Indian journal of veterinary science and animal husbandry - Volume 13,
Year: 1943
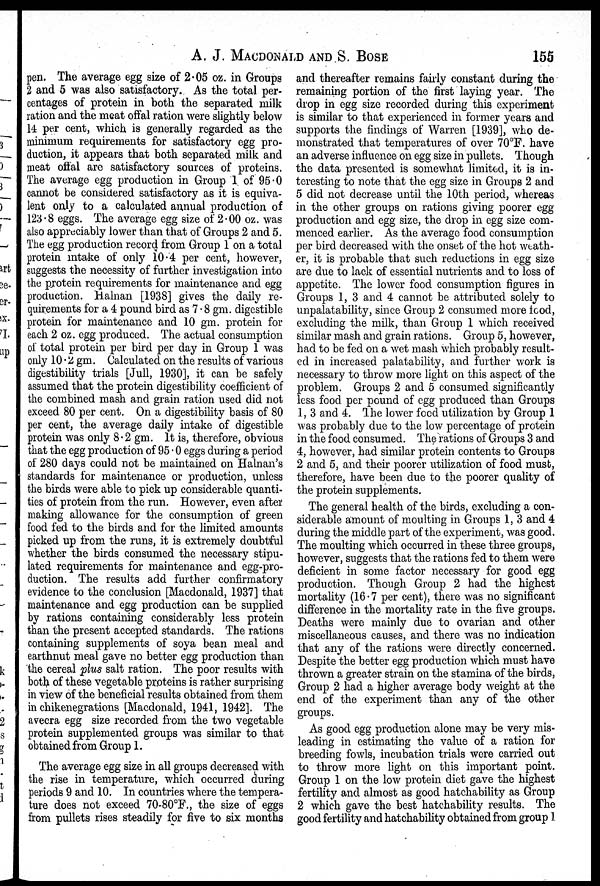
A. J. MACDONALD AND S. BOSE 155
pen. The average egg size of 2.05 oz. in Groups
2 and 5 was also satisfactory. As the total per-
centages of protein in both the separated milk
ration and the meat offal ration were slightly below
14 per cent, which is generally regarded as the
minimum requirements for satisfactory egg pro-
duction, it appears that both separated milk and
meat offal are satisfactory sources of proteins.
The average egg production in Group 1 of 95.0
cannot be considered satisfactory as it is equiva-
lent only to a calculated annual production of
123.8 eggs. The average egg size of 2.00 oz. was
also appreciably lower than that of Groups 2 and 5.
The egg production record from Group 1 on a total
protein intake of only 10.4 per cent, however,
suggests the necessity of further investigation into
the protein requirements for maintenance and egg
production. Halnan [1938] gives the daily re-
quirements for a 4 pound bird as 7.8 gm. digestible
protein for maintenance and 10 gm. protein for
each 2 oz. egg produced. The actual consumption
of total protein per bird per day in Group 1 was
only 10.2 gm. Calculated on the results of various
digestibility trials [Jull, 1930], it can be safely
assumed that the protein digestibility coefficient of
the combined mash and grain ration used did not
exceed 80 per cent. On a digestibility basis of 80
per cent, the average daily intake of digestible
protein was only 8.2 gm. It is, therefore, obvious
that the egg production of 95.0 eggs during a period
of 280 days could not be maintained on Halnan's
standards for maintenance or production, unless
the birds were able to pick up considerable quanti-
ties of protein from the run. However, even after
making allowance for the consumption of green
food fed to the birds and for the limited amounts
picked up from the runs, it is extremely doubtful
whether the birds consumed the necessary stipu-
lated requirements for maintenance and egg-pro-
duction. The results add further confirmatory
evidence to the conclusion [Macdonald, 1937] that
maintenance and egg production can be supplied
by rations containing considerably less protein
than the present accepted standards. The rations
containing supplements of soya bean meal and
earthnut meal gave no better egg production than
the cereal plus salt ration. The poor results with
both of these vegetable proteins is rather surprising
in view of the beneficial results obtained from them
in chikenegrations [Macdonald, 1941, 1942]. The
avecra egg size recorded from the two vegetable
protein supplemented groups was similar to that
obtained from Group 1.
The average egg size in all groups decreased with
the rise in temperature, which occurred during
periods 9 and 10. In countries where the tempera-
ture does not exceed 70-80°F., the size of eggs
from pullets rises steadily for five to six months
and thereafter remains fairly constant during the
remaining portion of the first laying year. The
drop in egg size recorded during this experiment
is similar to that experienced in former years and
supports the findings of Warren [1939], who de-
monstrated that temperatures of over 70°F. have
an adverse influence on egg size in pullets. Though
the data presented is somewhat limited, it is in-
teresting to note that the egg size in Groups 2 and
5 did not decrease until the 10th period, whereas
in the other groups on rations giving poorer egg
production and egg size, the drop in egg size com-
menced earlier. As the average food consumption
per bird decreased with the onset of the hot weath-
er, it is probable that such reductions in egg size
are due to lack of essential nutrients and to loss of
appetite. The lower food consumption figures in
Groups 1, 3 and 4 cannot be attributed solely to
unpalatability, since Group 2 consumed more food,
excluding the milk, than Group 1 which received
similar mash and grain rations. Group 5, however,
had to be fed on a wet mash which probably result-
ed in increased palatability, and further work is
necessary to throw more light on this aspect of the
problem. Groups 2 and 5 consumed significantly
less food per pound of egg produced than Groups
1, 3 and 4. The lower food utilization by Group 1
was probably due to the low percentage of protein
in the food consumed. The rations of Groups 3 and
4, however, had similar protein contents to Groups
2 and 5, and their poorer utilization of food must,
therefore, have been due to the poorer quality of
the protein supplements.
The general health of the birds, excluding a con-
siderable amount of moulting in Groups 1, 3 and 4
during the middle part of the experiment, was good.
The moulting which occurred in these three groups,
however, suggests that the rations fed to them were
deficient in some factor necessary for good egg
production. Though Group 2 had the highest
mortality (16.7 per cent), there was no significant
difference in the mortality rate in the five groups.
Deaths were mainly due to ovarian and other
miscellaneous causes, and there was no indication
that any of the rations were directly concerned.
Despite the better egg production which must have
thrown a greater strain on the stamina of the birds,
Group 2 had a higher average body weight at the
end of the experiment than any of the other
groups.
As good egg production alone may be very mis-
leading in estimating the value of a ration for
breeding fowls, incubation trials were carried out
to throw more light on this important point.
Group 1 on the low protein diet gave the highest
fertility and almost as good hatchability as Group
2 which gave the best hatchability results. The
good fertility and hatchability obtained from group 1